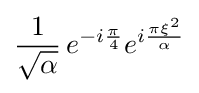
{\frac {1}{\sqrt {\alpha }}}\,e^{-i{\frac {\pi }{4}}}e^{i{\frac {\pi \xi ^{2}}{\alpha }}}